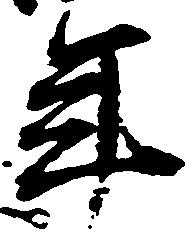
年